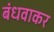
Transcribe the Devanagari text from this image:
बंधवाकर